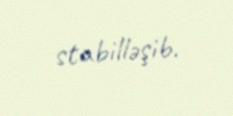
stabilləşib.